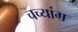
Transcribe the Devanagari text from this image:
चच्यांग